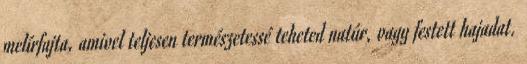
melírfajta, amivel teljesen természetessé teheted natúr, vagy festett hajadat.